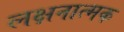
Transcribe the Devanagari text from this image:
लक्षनात्मक